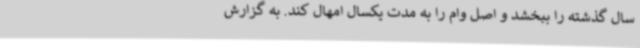
سال گذشته را ببخشد و اصل وام را به مدت یکسال امهال کند. به گزارش